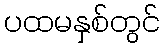
ပထမနှစ်တွင်